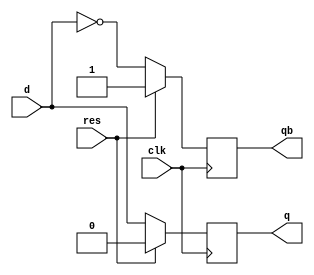
`timescale 1ns / 1ps
//////////////////////////////////////////////////////////////////////////////////
// Company: 
// Engineer: 
// 
// Design Name: 
// Module Name: d_flipflop
// Project Name: 
// Target Devices: 
// Tool Versions: 
// Description: 
// 
// Dependencies: 
// 
// Revision:
// Revision 0.01 - File Created
// Additional Comments:
// 
//////////////////////////////////////////////////////////////////////////////////


module d_flipflop(q,qb,d,res,clk);

output reg q;
output reg qb;
input d,clk,res;

always@(posedge clk)
begin
if(res==1'b1)
begin

q <= 1'b0;
qb <= 1'b1;

end

else
begin
q <=d;
qb <= ~d;
end


end

endmodule